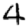
Digit: 4